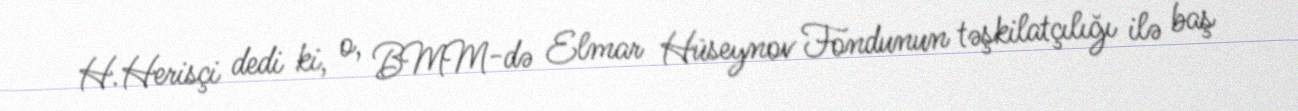
H.Herisçi dedi ki, o, BMM-də Elmar Hüseynov Fondunun təşkilatçılığı ilə baş